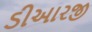
ડીઆરજી